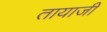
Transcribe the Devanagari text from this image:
तायाजी